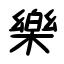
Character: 樂